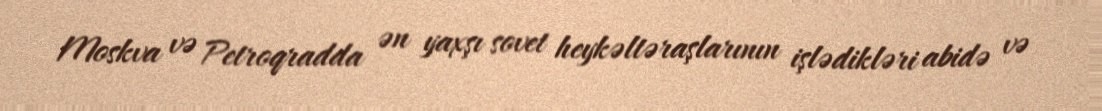
Moskva və Petroqradda ən yaxşı sovet heykəltəraşlarının işlədikləri abidə və